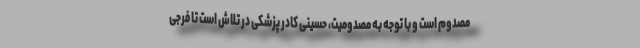
مصدوم است و با توجه به مصدومیت، حسینی کادر پزشکی در تلاش است تا فرجی